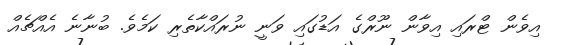
އިވެން ޓްރައި އިވާން ނޫރްގެ އަޑުގައި ވަނީ ނުރައްކާތެރި ކަމެވެ. ބުނާނެ އެއްޗެއް